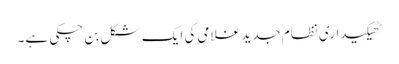
ٹھیکیداری نظام جدید غلامی کی ایک شکل بن چکی ہے۔